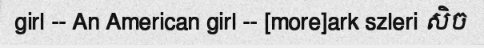
girl -- An American girl -- [more]ark szleri សិច